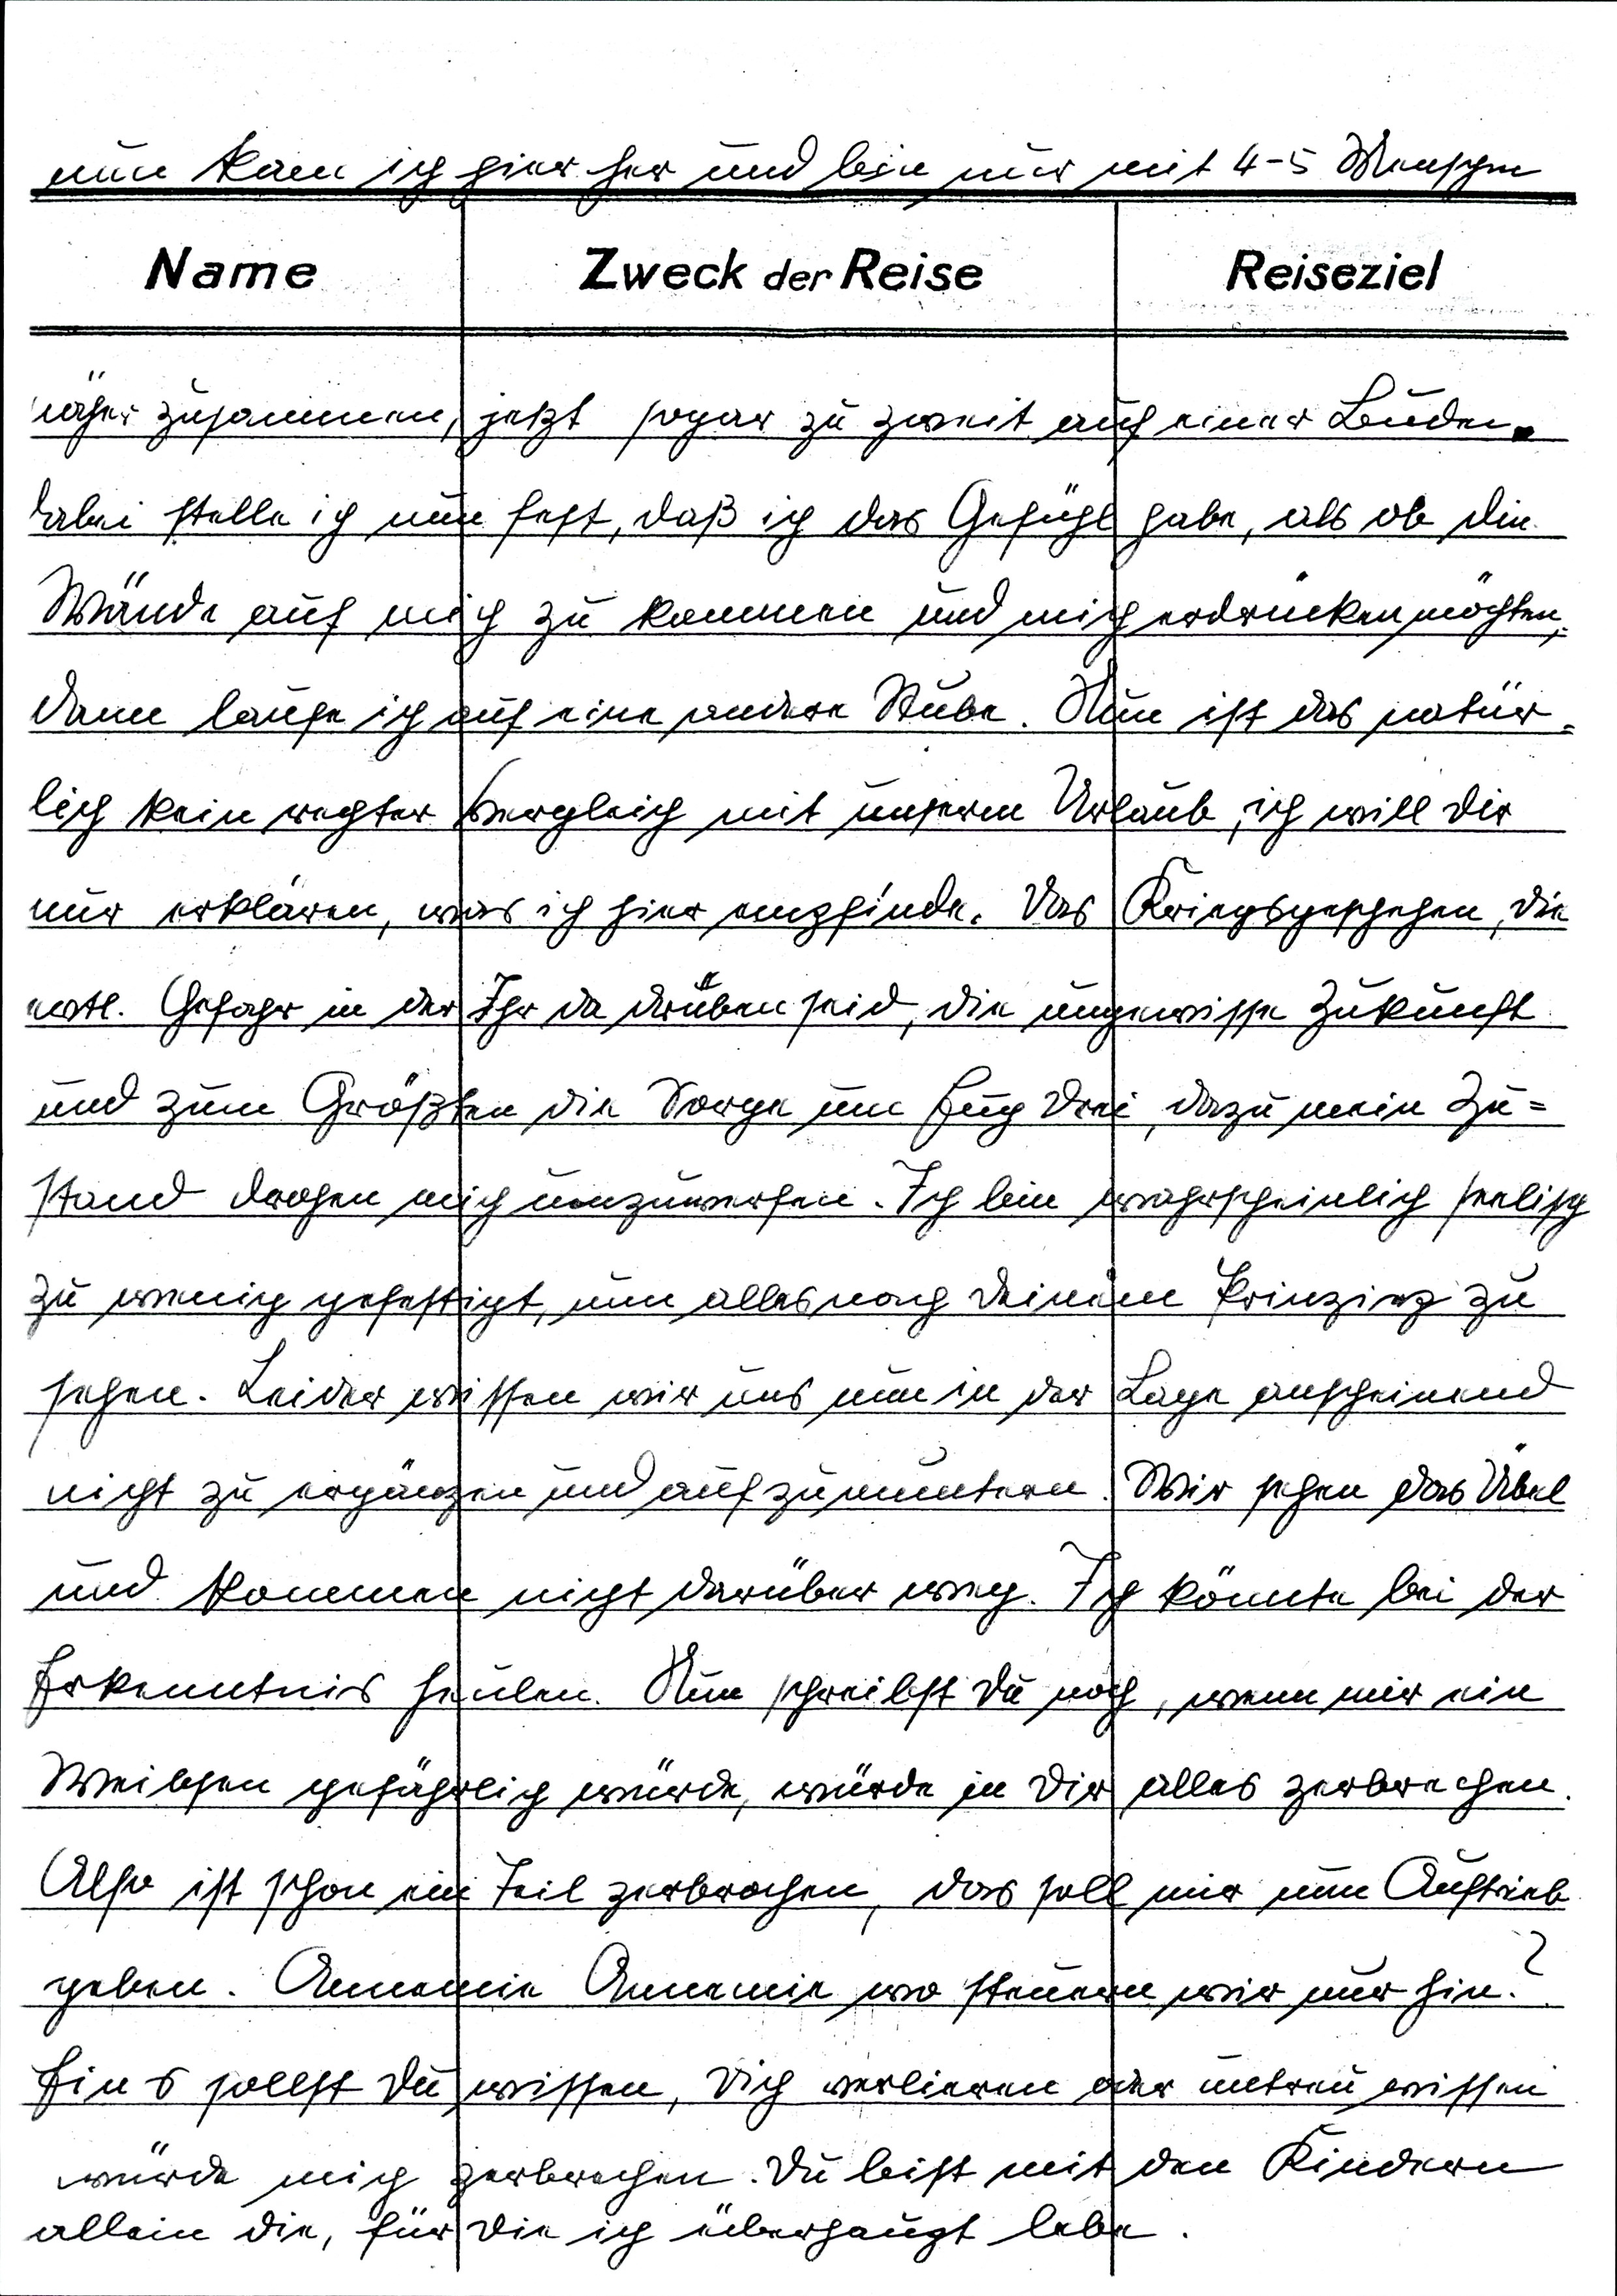
Nun kam ich hier her und bin nur mit 4-5 Menschen
näher zusammen, jetzt sogar zu zweit auf einer Bude.
Dabei stelle ich nun fest, daß ich das Gefühl habe, als ob die
Wände auf mich zu kommen und mich erdrücken möchten.
Dann laufe ich auf eine andere Stube. Nun ist das natür¬
lich kein rechter Vergleich mit unserm Urlaub, ich will Dir
nur erklären, was ich hier empfinde. Das Kriegsgeschehen, die
evtl. Gefahr in der Ihr da drüben seid, die ungewisse Zukunft
und zum Größten die Sorge um Euch drei, dazu mein Zu¬
stand drohen mich umzuwerfen. Ich bin wahrscheinlich seelisch
zu wenig gefestigt, um alles nach Deinem Prinzip zu
sehen. Leider wissen wir uns nun in der Lage anscheinend
nicht zu ergänzen und aufzumuntern. Wir sehen das Übel
und kommen nicht darüber weg. Ich könnte bei der
Erkenntnis heulen. Nun schreibst Du noch, wenn mir ein
Weibsen gefährlich würde, würde in Dir alles zerbrechen.
Also ist schon ein Teil zerbrochen, das soll mir nun Auftrieb
geben. Annemie Annemie wo steuern wir nur hin?
Eins solltest Du wissen, Dich verlieren oder untreu wissen
würde mich zerbrechen. Du bist mit den Kindern
allein die, für die ich überhaupt lebe.